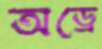
অড্রে